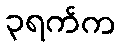
၃ရက်က